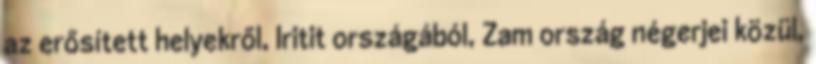
az erősített helyekről, Iritit országából, Zam ország négerjei közül,